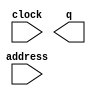
// megafunction wizard: %ROM: 1-PORT%VBB%
// GENERATION: STANDARD
// VERSION: WM1.0
// MODULE: altsyncram 

// ============================================================
// Megafunction Name(s):
// 			altsyncram
//
// Simulation Library Files(s):
// 			altera_mf
// ============================================================
// ************************************************************
// THIS IS A WIZARD-GENERATED FILE. DO NOT EDIT THIS FILE!
//
// 7.2 Build 151 09/26/2007 SJ Full Version
// ************************************************************

//Copyright (C) 1991-2007 Altera Corporation
//Your use of Altera Corporation's design tools, logic functions 
//and other software and tools, and its AMPP partner logic 
//functions, and any output files from any of the foregoing 
//(including device programming or simulation files), and any 
//associated documentation or information are expressly subject 
//to the terms and conditions of the Altera Program License 
//Subscription Agreement, Altera MegaCore Function License 
//Agreement, or other applicable license agreement, including, 
//without limitation, that your use is for the sole purpose of 
//programming logic devices manufactured by Altera and sold by 
//Altera or its authorized distributors.  Please refer to the 
//applicable agreement for further details.

module Log_mantissa (
	address,
	clock,
	q);

	input	[9:0]  address;
	input	  clock;
	output	[31:0]  q;

endmodule

// ============================================================
// CNX file retrieval info
// ============================================================
// Retrieval info: PRIVATE: ADDRESSSTALL_A NUMERIC "0"
// Retrieval info: PRIVATE: AclrAddr NUMERIC "0"
// Retrieval info: PRIVATE: AclrByte NUMERIC "0"
// Retrieval info: PRIVATE: AclrOutput NUMERIC "0"
// Retrieval info: PRIVATE: BYTE_ENABLE NUMERIC "0"
// Retrieval info: PRIVATE: BYTE_SIZE NUMERIC "8"
// Retrieval info: PRIVATE: BlankMemory NUMERIC "0"
// Retrieval info: PRIVATE: CLOCK_ENABLE_INPUT_A NUMERIC "0"
// Retrieval info: PRIVATE: CLOCK_ENABLE_OUTPUT_A NUMERIC "0"
// Retrieval info: PRIVATE: Clken NUMERIC "0"
// Retrieval info: PRIVATE: IMPLEMENT_IN_LES NUMERIC "0"
// Retrieval info: PRIVATE: INIT_FILE_LAYOUT STRING "PORT_A"
// Retrieval info: PRIVATE: INIT_TO_SIM_X NUMERIC "0"
// Retrieval info: PRIVATE: INTENDED_DEVICE_FAMILY STRING "Stratix"
// Retrieval info: PRIVATE: JTAG_ENABLED NUMERIC "0"
// Retrieval info: PRIVATE: JTAG_ID STRING "NONE"
// Retrieval info: PRIVATE: MAXIMUM_DEPTH NUMERIC "0"
// Retrieval info: PRIVATE: MIFfilename STRING "Log_mantissa.mif"
// Retrieval info: PRIVATE: NUMWORDS_A NUMERIC "1024"
// Retrieval info: PRIVATE: RAM_BLOCK_TYPE NUMERIC "0"
// Retrieval info: PRIVATE: RegAddr NUMERIC "1"
// Retrieval info: PRIVATE: RegOutput NUMERIC "0"
// Retrieval info: PRIVATE: SYNTH_WRAPPER_GEN_POSTFIX STRING "1"
// Retrieval info: PRIVATE: SingleClock NUMERIC "1"
// Retrieval info: PRIVATE: UseDQRAM NUMERIC "0"
// Retrieval info: PRIVATE: WidthAddr NUMERIC "10"
// Retrieval info: PRIVATE: WidthData NUMERIC "32"
// Retrieval info: PRIVATE: rden NUMERIC "0"
// Retrieval info: CONSTANT: ADDRESS_ACLR_A STRING "NONE"
// Retrieval info: CONSTANT: INIT_FILE STRING "Log_mantissa.mif"
// Retrieval info: CONSTANT: INTENDED_DEVICE_FAMILY STRING "Stratix"
// Retrieval info: CONSTANT: LPM_HINT STRING "ENABLE_RUNTIME_MOD=NO"
// Retrieval info: CONSTANT: LPM_TYPE STRING "altsyncram"
// Retrieval info: CONSTANT: NUMWORDS_A NUMERIC "1024"
// Retrieval info: CONSTANT: OPERATION_MODE STRING "ROM"
// Retrieval info: CONSTANT: OUTDATA_ACLR_A STRING "NONE"
// Retrieval info: CONSTANT: OUTDATA_REG_A STRING "UNREGISTERED"
// Retrieval info: CONSTANT: WIDTHAD_A NUMERIC "10"
// Retrieval info: CONSTANT: WIDTH_A NUMERIC "32"
// Retrieval info: CONSTANT: WIDTH_BYTEENA_A NUMERIC "1"
// Retrieval info: USED_PORT: address 0 0 10 0 INPUT NODEFVAL address[9..0]
// Retrieval info: USED_PORT: clock 0 0 0 0 INPUT NODEFVAL clock
// Retrieval info: USED_PORT: q 0 0 32 0 OUTPUT NODEFVAL q[31..0]
// Retrieval info: CONNECT: @address_a 0 0 10 0 address 0 0 10 0
// Retrieval info: CONNECT: q 0 0 32 0 @q_a 0 0 32 0
// Retrieval info: CONNECT: @clock0 0 0 0 0 clock 0 0 0 0
// Retrieval info: LIBRARY: altera_mf altera_mf.altera_mf_components.all
// Retrieval info: GEN_FILE: TYPE_NORMAL Log_mantissa.v TRUE
// Retrieval info: GEN_FILE: TYPE_NORMAL Log_mantissa.inc FALSE
// Retrieval info: GEN_FILE: TYPE_NORMAL Log_mantissa.cmp TRUE
// Retrieval info: GEN_FILE: TYPE_NORMAL Log_mantissa.bsf TRUE FALSE
// Retrieval info: GEN_FILE: TYPE_NORMAL Log_mantissa_inst.v FALSE
// Retrieval info: GEN_FILE: TYPE_NORMAL Log_mantissa_bb.v TRUE
// Retrieval info: GEN_FILE: TYPE_NORMAL Log_mantissa_waveforms.html TRUE
// Retrieval info: GEN_FILE: TYPE_NORMAL Log_mantissa_wave*.jpg FALSE
// Retrieval info: GEN_FILE: TYPE_NORMAL Log_mantissa_syn.v TRUE
// Retrieval info: LIB_FILE: altera_mf